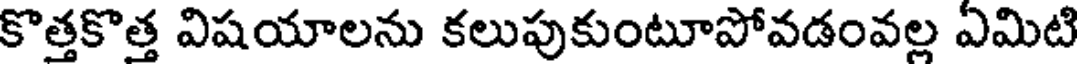
కొత్తకొత్త విషయాలను కలుపుకుంటూపోవడంవల్ల ఏమిటి